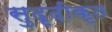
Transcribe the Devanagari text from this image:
सुदृढ़ीकृत